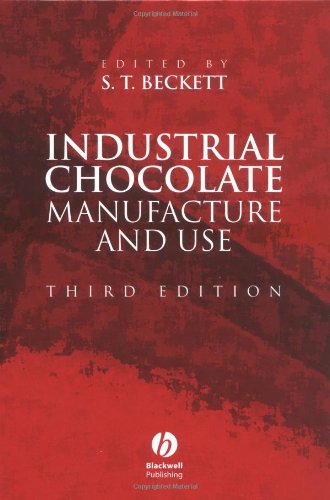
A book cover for Industrial Chocolate Manufacture and Use; Cookbooks, Food & Wine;